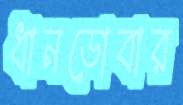
ধানডোবার